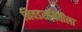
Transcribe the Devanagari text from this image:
निवडसमितीला